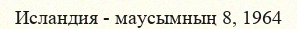
Исландия - маусымның 8, 1964